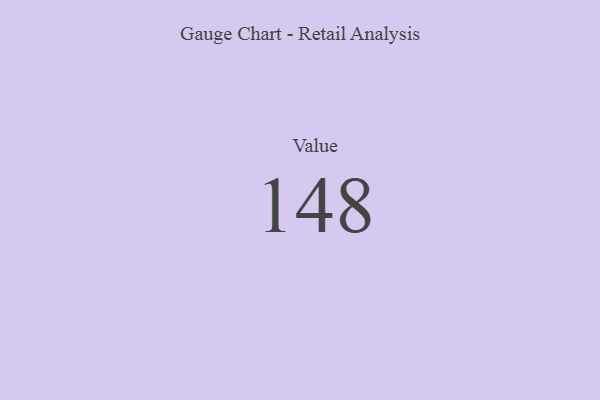
{"axis": {"x": "Metric", "y": "Value"}, "legend": [""], "data": [{"x": "Value", "y": 148, "type": ""}]}